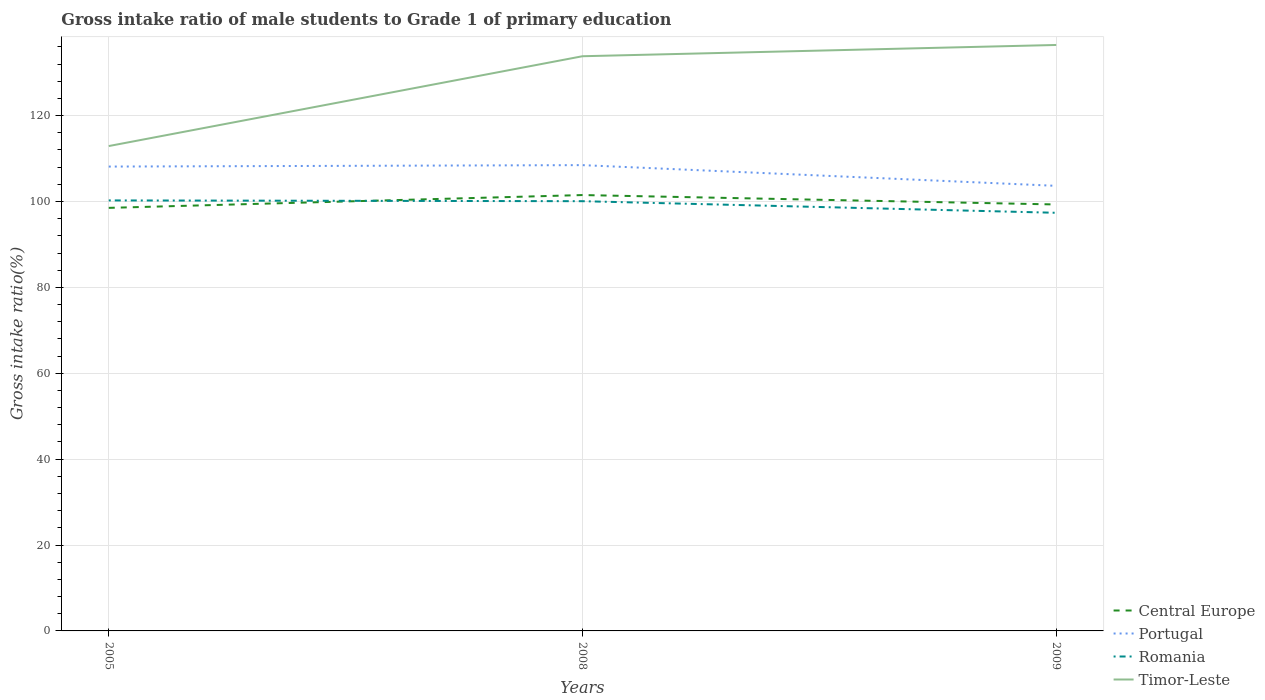
| Years | Central Europe | Portugal | Romania | Timor-Leste |
 | --- | --- | --- | --- | --- |
 | 2005 | 98.5 | 108 | 100 | 113 |
 | 2008 | 101 | 108 | 100 | 134 |
 | 2009 | 99.3 | 104 | 97.4 | 136 |